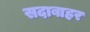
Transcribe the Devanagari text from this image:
सदाबाहर